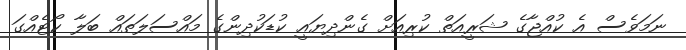
ނަމަވެސް އެ ކުއްޖާގެ ޝަރީއަތް ކުރިއަށް ގެންދިޔައީ ކުޑަކުދިންގެ މައްސަލަތައް ބަލާ ކޯޓެއްގަ